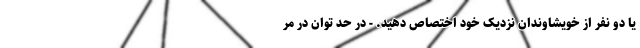
یا دو نفر از خویشاوندان نزدیک خود اختصاص دهید. - در حد توان در مر